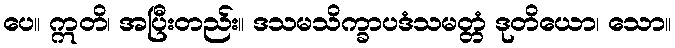
ပေ။ ဣတိ၊ အပြီးတည်း။ ဒသမသိက္ခာပဒံသမတ္တံ ဒုတိယော၊ သော။